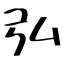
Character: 弘